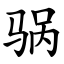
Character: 䯄